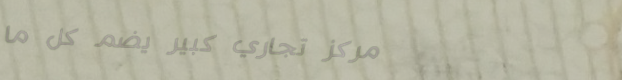
مركز تجاري كبير يضم كل ما